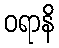
ဝရာနိ